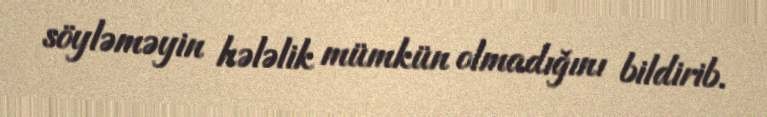
söyləməyin hələlik mümkün olmadığını bildirib.